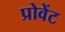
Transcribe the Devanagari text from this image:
प्रोवेंट